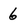
Character: 6